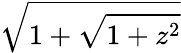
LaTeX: \sqrt{1+\sqrt{1+z^{2}}}